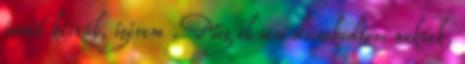
ismét készül, ígérem . Még el sem dicsekedtem nektek,